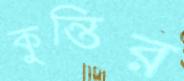
কুন্তির